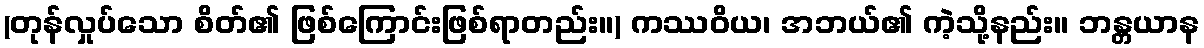
(တုန်လှုပ်သော စိတ်၏ ဖြစ်ကြောင်းဖြစ်ရာတည်း။) ကဿဝိယ၊ အဘယ်၏ ကဲ့သို့နည်း။ ဘန္တယာန